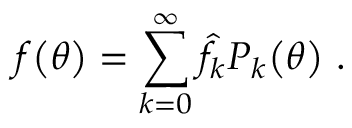
f \mathopen { } \mathclose \bgroup \left( \theta \aftergroup \egroup \right) = \sum _ { k = 0 } ^ { \infty } \hat { f } _ { k } P _ { k } \mathopen { } \mathclose \bgroup \left( \theta \aftergroup \egroup \right) ~ .